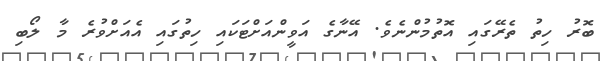
ބޮރު ހިތު ތެރޭގައި އޮތުމުންނެވެ. އޭނާގެ އަވީންއަށްޓަކައި ހިތުގައި އެއަށްވުރެ މާ ލޯބި